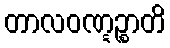
တာလဝဏ္ဋဉ္စာတိ